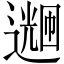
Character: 𬩌